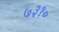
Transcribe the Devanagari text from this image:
७३१०